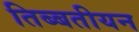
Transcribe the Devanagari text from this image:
तिब्‍बतीयन